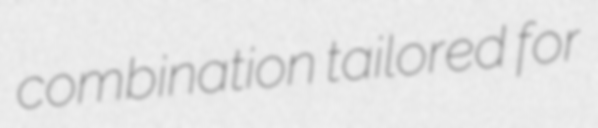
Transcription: combination tailored for